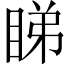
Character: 睇